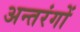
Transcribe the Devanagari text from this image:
अन्तरंगों